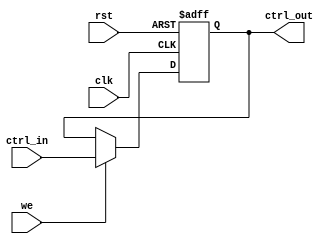
module ControlRegister #(
    parameter N = 8 // Define the width of the control register
)(
    input wire clk,           // Clock signal
    input wire rst,           // Asynchronous reset signal
    input wire [N-1:0] ctrl_in, // Multi-bit control input
    input wire we,           // Write enable signal
    output reg [N-1:0] ctrl_out // Multi-bit control output
);

// Asynchronous reset and synchronous write logic
always @(posedge clk or posedge rst) begin
    if (rst) begin
        ctrl_out <= {N{1'b0}}; // Reset control register to all zeros
    end else if (we) begin
        ctrl_out <= ctrl_in;   // Update control register with input value
    end
    // If we is low, ctrl_out retains its previous value
end

endmodule